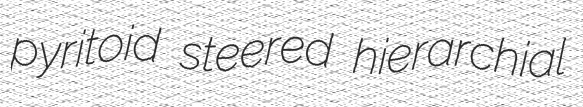
pyritoid steered hierarchial